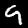
Label: 9